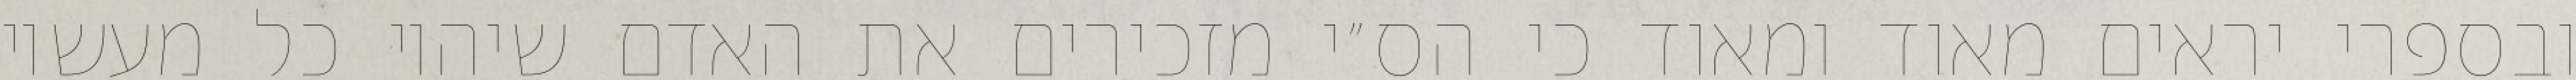
ובספרי יראים מאוד ומאוד כי הס״י מזכירים את האדם שיהיו כל מעשיו